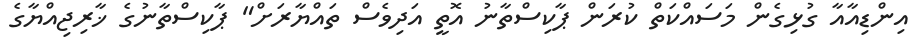
އިންޑިއާއާ ގުޅިގެން މަސައްކަތް ކުރަން ޕާކިސްތާނު އޮތީ އަދިވެސް ތައްޔާރަށް" ޕާކިސްތާނުގެ ޚާރިޖިއްޔާގެ